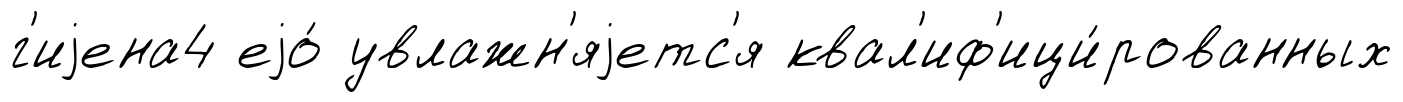
г'иjена4 еjо́ увлажн'яjетс'я квал'иф'ици́рованных